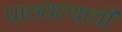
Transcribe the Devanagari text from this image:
पाठवल्याची